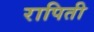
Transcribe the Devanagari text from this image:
रापिती